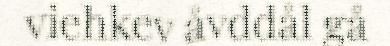
viehkev åvddål gå